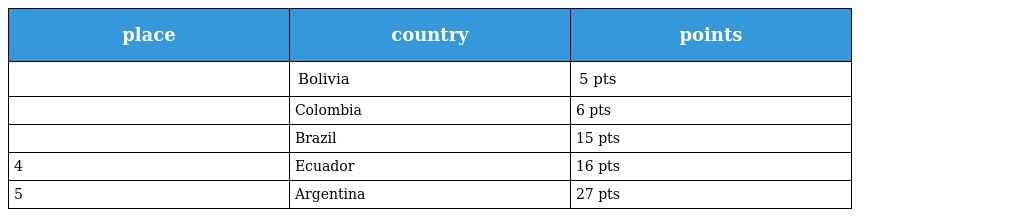
| place | country | points |
 | --- | --- | --- |
 |  | Bolivia | 5 pts |
 |  | Colombia | 6 pts |
 |  | Brazil | 15 pts |
 | 4 | Ecuador | 16 pts |
 | 5 | Argentina | 27 pts |